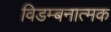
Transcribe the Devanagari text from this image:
विडम्बनात्मक